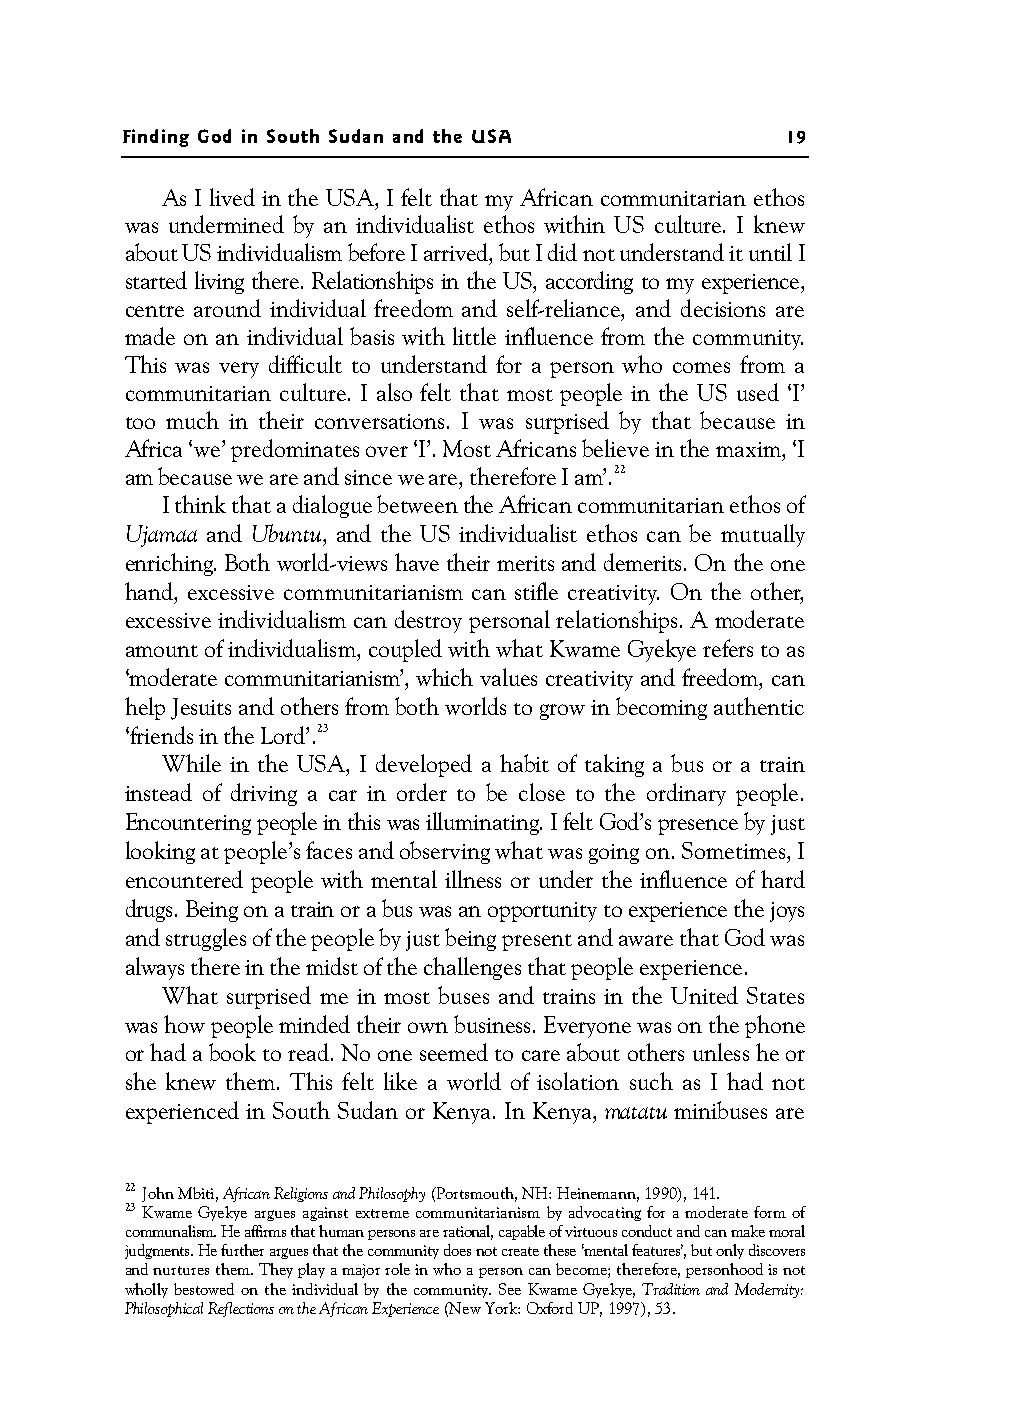
Finding God in South Sudan and the USA      19
 As I lived in the USA, I felt that my African communitarian ethos
 was undermined by an individualist ethos within US culture. I knew
 about USindividualism before I arrived, but I did not understand it until I
 started living there. Relationships in the US, according to my experience,
 centre around individual freedom and self-reliance, and decisions are
 made on an individual basis with little influence from the community.
 This was very difficult to understand for a person who comes from a
 communitarian culture. I also felt that most people in the US used ‘I’
 too much in their conversations. I was surprised by that because in
 Africa ‘we’ predominates over ‘I’. Most Africans believe in the maxim,‘I
 am because we are and since we are, therefore I am’.22
 I think that a dialogue between the African communitarian ethos of
 Ujamaa and Ubuntu, and the US individualist ethos can be mutually
 enriching. Both world-views have their merits and demerits. On the one
 hand, excessive communitarianism can stifle creativity. On the other,
 excessive individualism can destroy personal relationships. A moderate
 amount of individualism, coupled with what Kwame Gyekye refers to as
 ‘moderate communitarianism’, which values creativity and freedom, can
 help Jesuits and others from both worlds to grow in becoming authentic
 ‘friends in the Lord’.23
 While in the USA, I developed a habit of taking a bus or a train
 instead of driving a car in order to be close to the ordinary people.
 Encountering people in this was illuminating. I felt God’s presence by just
 looking at people’s faces and observing what was going on. Sometimes, I
 encountered people with mental illness or under the influence of hard
 drugs. Being ona train or a bus was an opportunity to experience the joys
 and struggles of the people by just being present and aware that God was
 always there in the midst of thechallenges that people experience.
 What surprised me in most buses and trains in the United States
 was how people minded their own business. Everyone was on the phone
 or had a book to read. No one seemed to care about others unless he or
 she knew them. This felt like a world of isolation such as I had not
 experienced in South Sudan or Kenya. In Kenya, matatu minibuses are
 22 John Mbiti,African Religions and Philosophy (Portsmouth, NH: Heinemann, 1990), 141.
 23 Kwame Gyekye argues against extreme communitarianism by advocating for a moderate form of
 communalism. He affirms that human persons are rational, capable of virtuous conduct and can make moral
 judgments. He further argues that the community does not create these ‘mental features’, but only discovers
 andnurturesthem.Theyplayamajorroleinwhoapersoncanbecome;therefore,personhoodisnot
 wholly bestowed on the individual by the community. See Kwame Gyekye, Tradition and Modernity:
 Philosophical Reflections on the African Experience (New York: Oxford UP, 1997), 53.